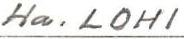
Ha. LOHI